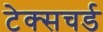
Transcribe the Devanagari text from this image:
टेक्सचर्ड